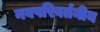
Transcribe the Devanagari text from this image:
नवपरिवर्तनीय